Vaccination report Assam 1896-1927 - 1896-1927
Year: 1896
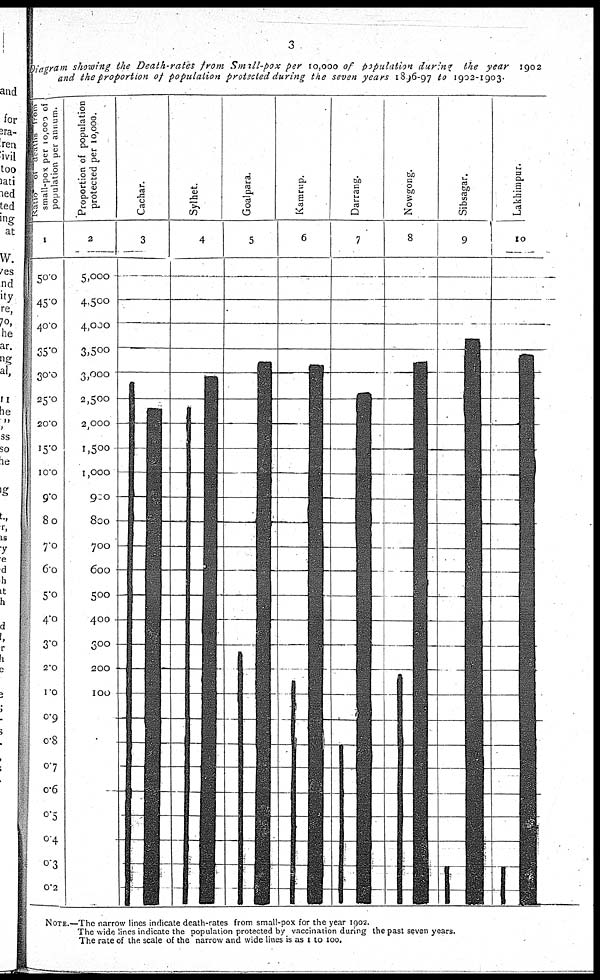
3
Digram showing the Death-rates from Small-pox per 10,000 of population during the year 1902
and the proportion of population protected during the seven years 1896-97 to 1902-1903.
NOTE.—The narrow lines indicate death-rates from small-pox for the year 1902.
The wide lines indicate the population protected by vaccination during the past seven years.
The rate of the scale of the narrow and wide lines is as 1 to 100.